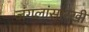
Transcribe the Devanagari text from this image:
जंगलांसारखी